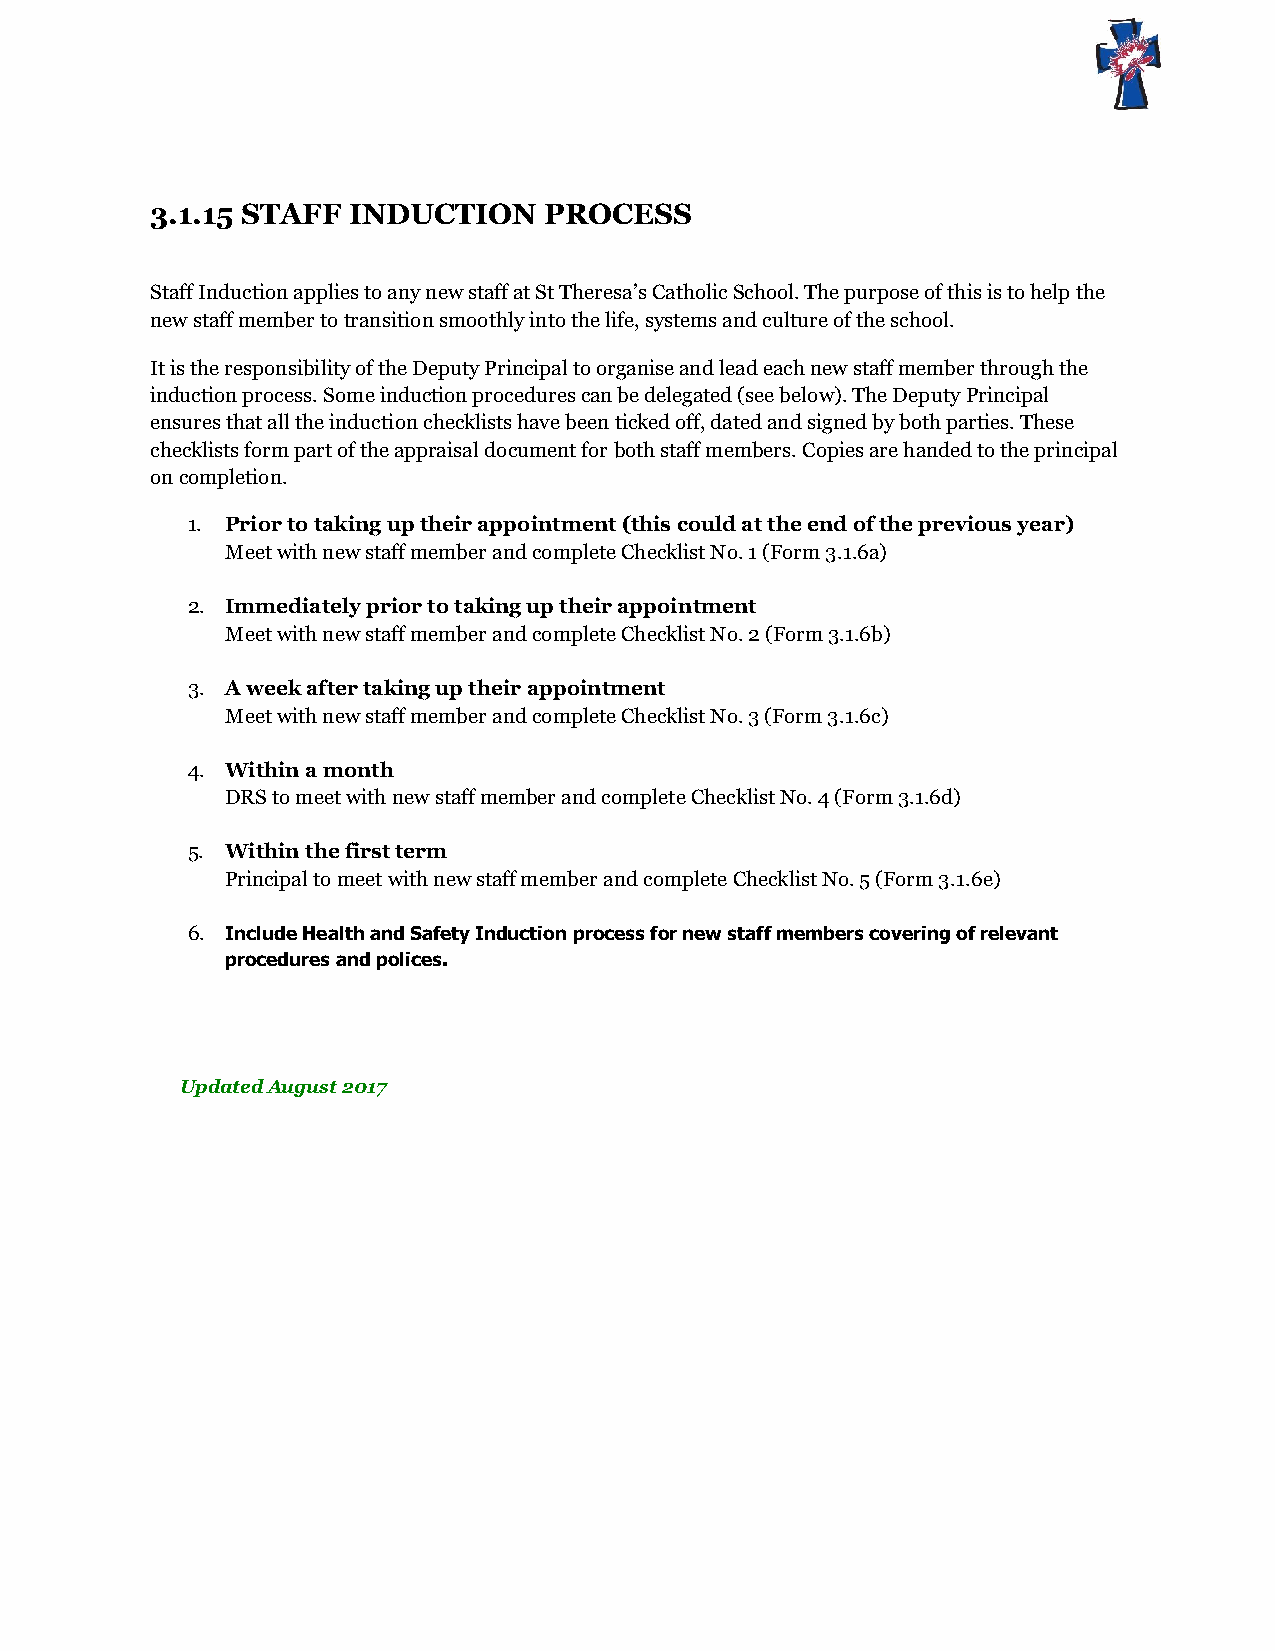
3.1.15 STAFF INDUCTION    PROCESS
 Staff Induction applies to any new staff at St Theresa’s Catholic School. The purpose of this is to help the
 new staff member to transition smoothly into the life, systems and culture of the school.
 It is the responsibility of the Deputy Principal to organise and lead each new staff member through the
 induction process. Some induction procedures can be delegated (see below). The Deputy Principal
 ensures that all the induction checklists have been ticked off, dated and signed by both parties. These
 checklists form part of the appraisal document for both staff members. Copies are handed to the principal
 on completion.
 1. Prior to taking up their appointment (this could at the end of the previous year)
 Meet with new staff member and complete Checklist No. 1 (Form 3.1.6a)
 2. Immediately prior to taking up their appointment
 Meet with new staff member and complete Checklist No. 2 (Form 3.1.6b)
 3. A week after taking up their appointment
 Meet with new staff member and complete Checklist No. 3 (Form 3.1.6c)
 4. Within a month
 DRS to meet with new staff member and complete Checklist No. 4 (Form 3.1.6d)
 5. Within the first term
 Principal to meet with new staff member and complete Checklist No. 5 (Form 3.1.6e)
 6. Include Health and Safety Induction process for new staff members covering of relevant
 procedures and polices.
 Updated August 2017